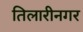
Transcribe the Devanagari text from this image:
तिलारीनगर